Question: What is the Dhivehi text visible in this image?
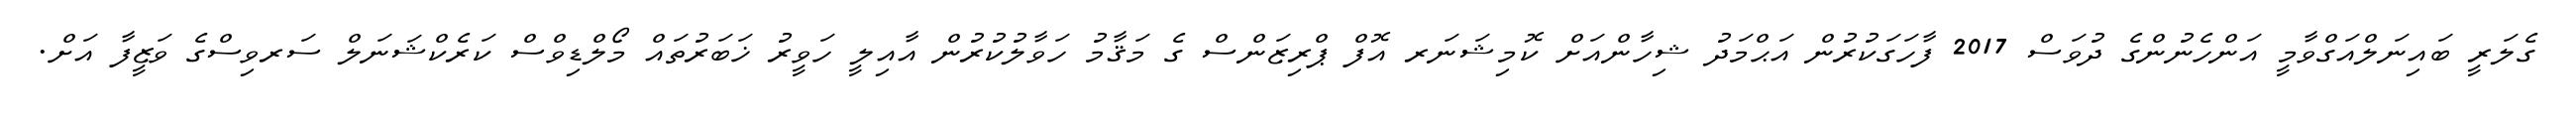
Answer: ގެލަރީ ބައިނަލްއަގްވާމީ އަންހެނުންގެ ދުވަސް 2017 ފާހަގަކުރުން އަޙްމަދު ޝިހާންއަށް ކޮމިޝަނަރ އޮފް ޕްރިޒަންސް ގެ މަޤާމު ހަވާލުކުރުން އާއިލީ ހަވީރު ޚަބަރުތައް މޯލްޑިވްސް ކަރެކްޝަނަލް ސަރވިސްގެ ވަޒީފާ އަށް.